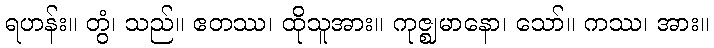
ရဟန်း။ တွံ၊ သည်။ ဧတဿ၊ ထိုသူအား။ ကုဇ္ဈမာနော၊ သော်။ ကဿ၊ အား။